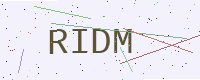
Text: RIDM